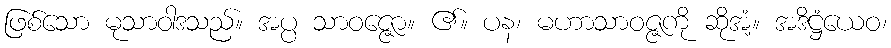
ဖြစ်သော မုသာဝါဒသည်။ အပ္ပ သာဝဇ္ဇော။ ၏။ ပန၊ မဟာသာဝဇ္ဇကို ဆိုအံ့။ အဒိဋ္ဌံယေဝ၊